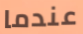
عندما